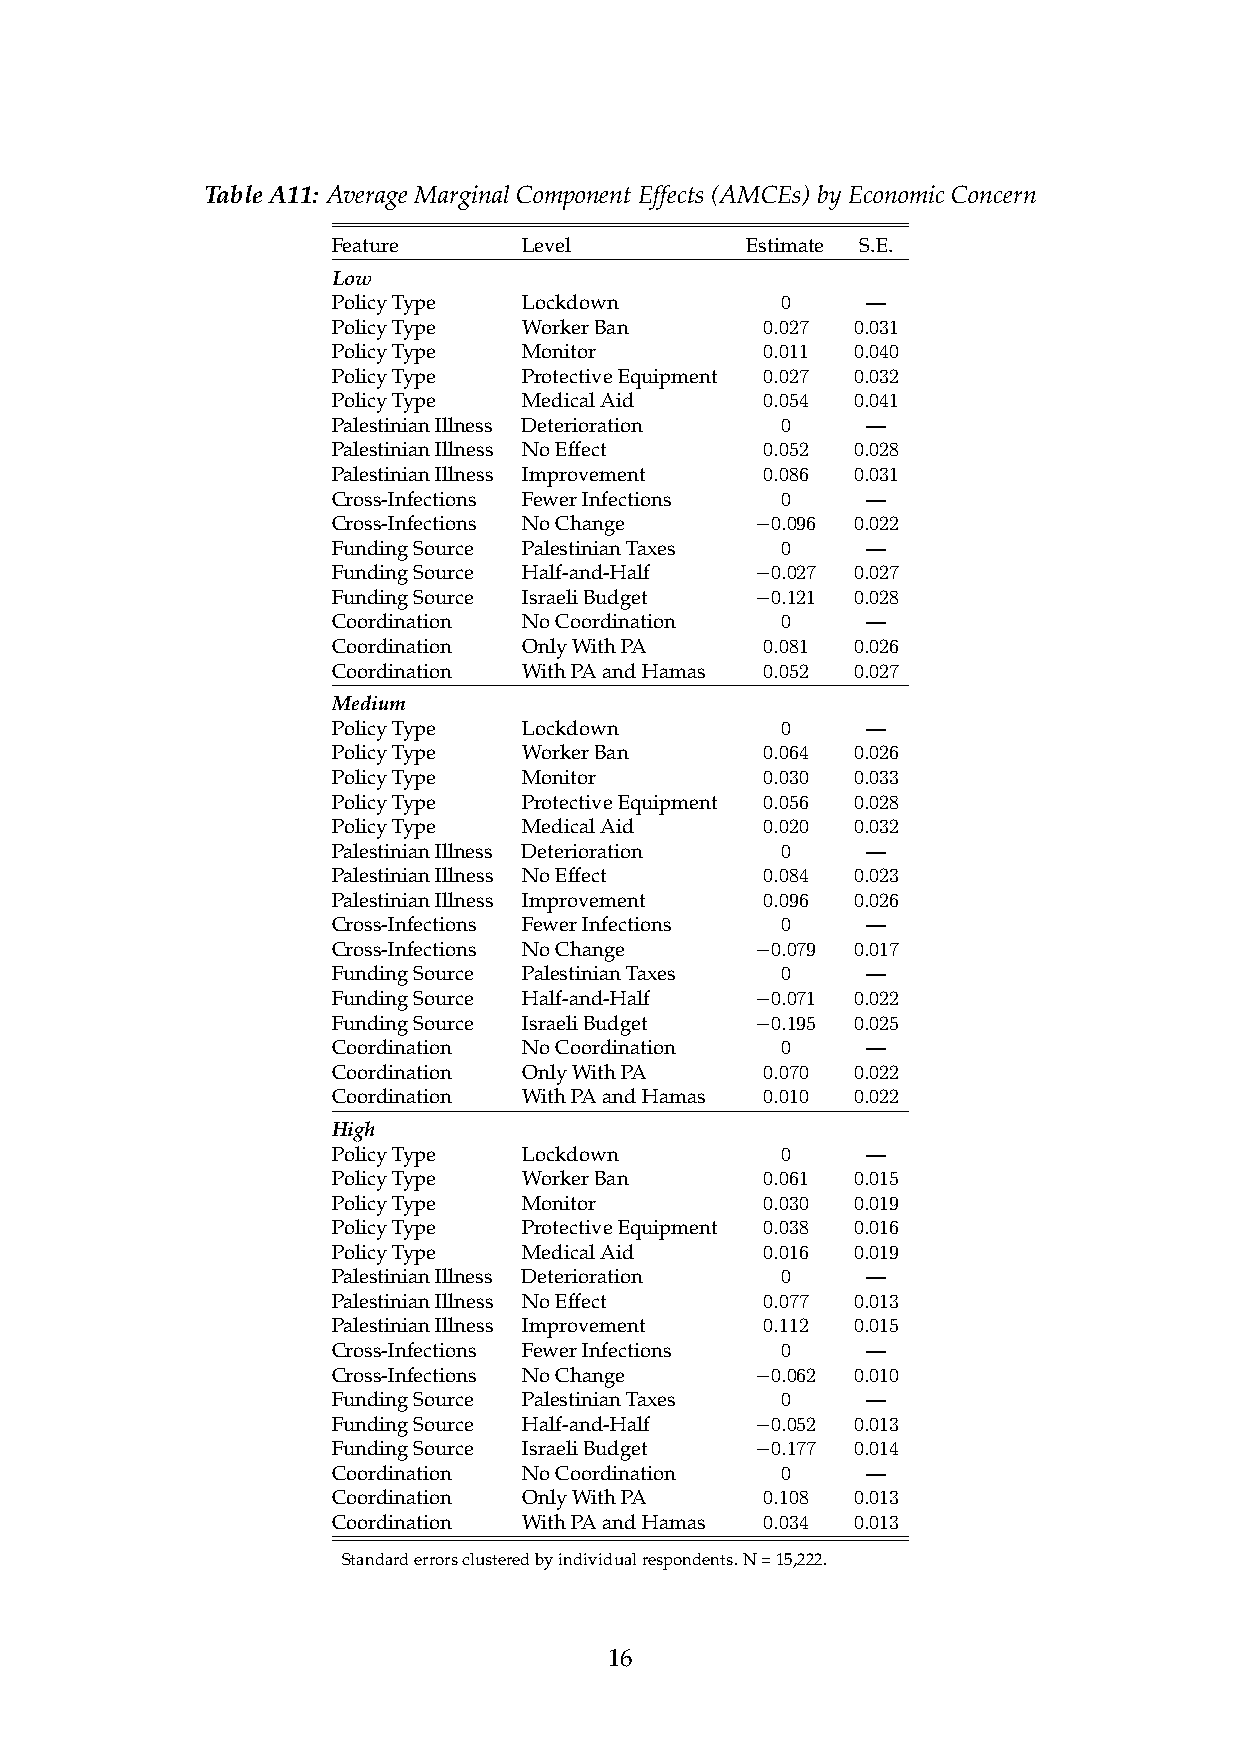
TableA11: AverageMarginalComponentEffects(AMCEs)byEconomicConcern
 Feature      Level         Estimate S.E.
 Low
 PolicyType   Lockdown         0    —
 PolicyType   WorkerBan      0.027 0.031
 PolicyType   Monitor        0.011 0.040
 PolicyType   ProtectiveEquipment 0.027 0.032
 PolicyType   MedicalAid     0.054 0.041
 PalestinianIllness Deterioration 0 —
 PalestinianIllness NoEffect 0.052 0.028
 PalestinianIllness Improvement 0.086 0.031
 Cross-Infections FewerInfections 0 —
 Cross-Infections NoChange   −0.096 0.022
 FundingSource PalestinianTaxes 0   —
 FundingSource Half-and-Half −0.027 0.027
 FundingSource IsraeliBudget −0.121 0.028
 Coordination NoCoordination   0    —
 Coordination OnlyWithPA     0.081 0.026
 Coordination WithPAandHamas 0.052 0.027
 Medium
 PolicyType   Lockdown         0    —
 PolicyType   WorkerBan      0.064 0.026
 PolicyType   Monitor        0.030 0.033
 PolicyType   ProtectiveEquipment 0.056 0.028
 PolicyType   MedicalAid     0.020 0.032
 PalestinianIllness Deterioration 0 —
 PalestinianIllness NoEffect 0.084 0.023
 PalestinianIllness Improvement 0.096 0.026
 Cross-Infections FewerInfections 0 —
 Cross-Infections NoChange   −0.079 0.017
 FundingSource PalestinianTaxes 0   —
 FundingSource Half-and-Half −0.071 0.022
 FundingSource IsraeliBudget −0.195 0.025
 Coordination NoCoordination   0    —
 Coordination OnlyWithPA     0.070 0.022
 Coordination WithPAandHamas 0.010 0.022
 High
 PolicyType   Lockdown         0    —
 PolicyType   WorkerBan      0.061 0.015
 PolicyType   Monitor        0.030 0.019
 PolicyType   ProtectiveEquipment 0.038 0.016
 PolicyType   MedicalAid     0.016 0.019
 PalestinianIllness Deterioration 0 —
 PalestinianIllness NoEffect 0.077 0.013
 PalestinianIllness Improvement 0.112 0.015
 Cross-Infections FewerInfections 0 —
 Cross-Infections NoChange   −0.062 0.010
 FundingSource PalestinianTaxes 0   —
 FundingSource Half-and-Half −0.052 0.013
 FundingSource IsraeliBudget −0.177 0.014
 Coordination NoCoordination   0    —
 Coordination OnlyWithPA     0.108 0.013
 Coordination WithPAandHamas 0.034 0.013
 Standarderrorsclusteredbyindividualrespondents.N=15,222.
 16